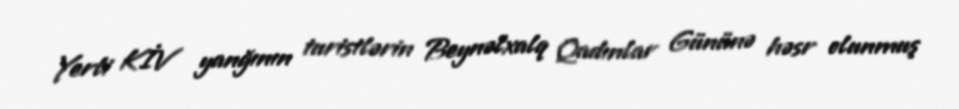
Yerli KİV yanğının turistlərin Beynəlxalq Qadınlar Gününə həsr olunmuş